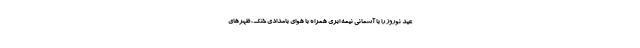
عید نوروز را با آسمانی نیمه ابری همراه با هوای بامدادی خنک، ظهرهای